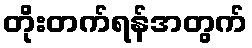
တိုးတက်ရန်အတွက်